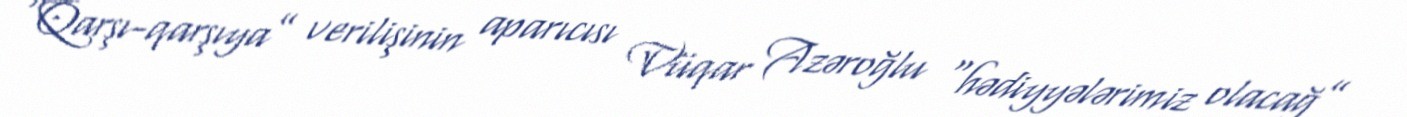
“Qarşı-qarşıya” verilişinin aparıcısı Vüqar Azəroğlu “hədiyyələrimiz olacağ”